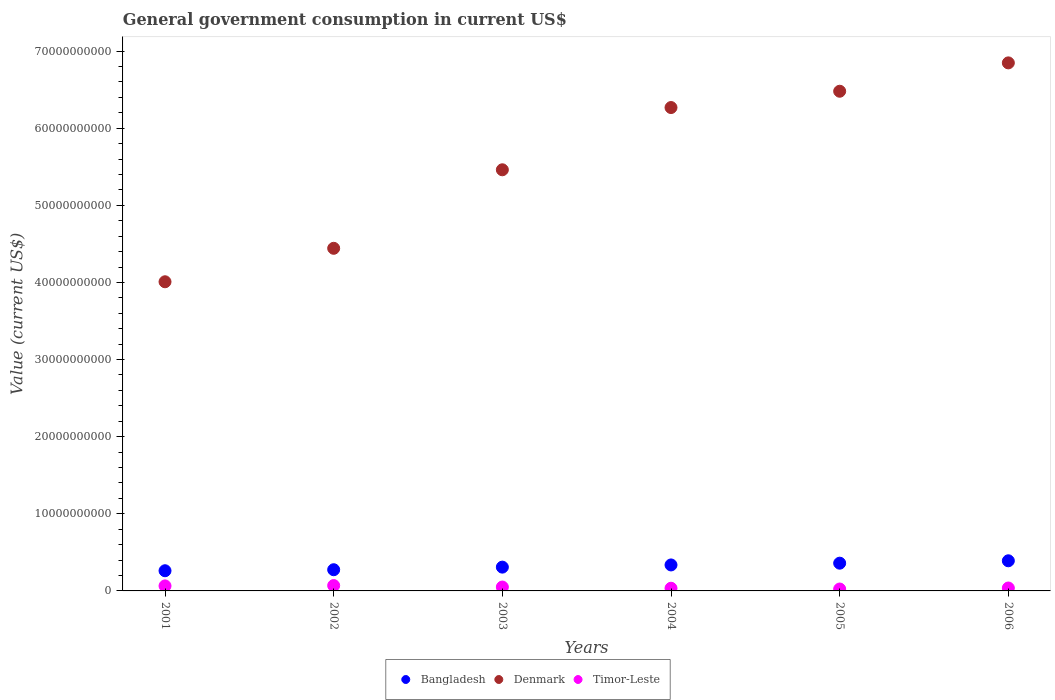
| Years | Bangladesh | Denmark | Timor-Leste |
 | --- | --- | --- | --- |
 | 2001 | 2.62e+09 | 4.01e+10 | 6.52e+08 |
 | 2002 | 2.75e+09 | 4.44e+10 | 6.95e+08 |
 | 2003 | 3.09e+09 | 5.46e+10 | 5.03e+08 |
 | 2004 | 3.37e+09 | 6.27e+10 | 3.47e+08 |
 | 2005 | 3.6e+09 | 6.48e+10 | 2.47e+08 |
 | 2006 | 3.91e+09 | 6.85e+10 | 3.78e+08 |